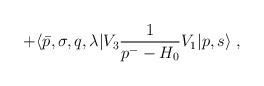
\begin{align*}+ \langle \bar{p},\sigma,q,\lambda \vert V_3{1 \over {p^- - H_0}}V_1\vert p,s \rangle \;,\end{align*}